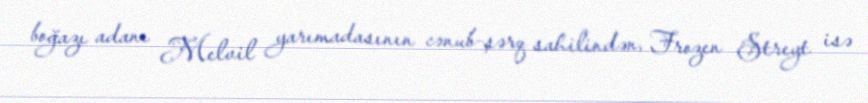
boğazı adanı Melvil yarımadasının cənub-şərq sahilindən, Frozen Streyt isə